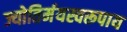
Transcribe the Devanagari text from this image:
ज्योतिर्मयस्वरूपाय